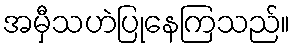
အမှီသဟဲပြုနေကြသည်။